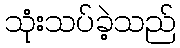
သုံးသပ်ခဲ့သည်